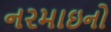
નરમાઇનો